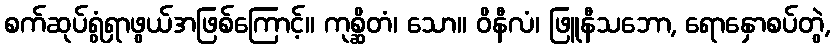
စက်ဆုပ်ရွံရှာဖွယ်အဖြစ်ကြောင့်။ ကုစ္ဆိတံ၊ သော။ ဝိနီလံ၊ ဖြူနီသဘော, ရောနှောစပ်တွဲ,